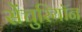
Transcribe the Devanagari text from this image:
सेंचुरियॉन